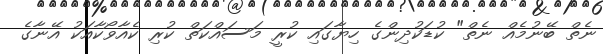
ނެތް ބޭނުމެއް ނެތް" ކުޑަކުދިންގެ ހިޔާގައި ކުރީ މަސައްކަތް ކުރި ކެއާވޯކާއަކު އޭނާގެ